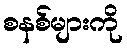
စနစ်များကို